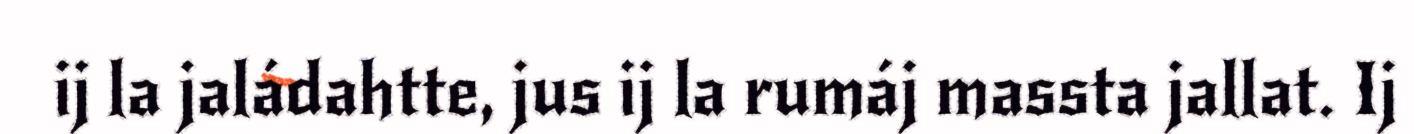
ij la jaládahtte, jus ij la rumáj massta jallat. Ij